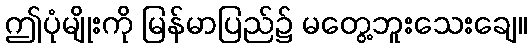
ဤပုံမျိုးကို မြန်မာပြည်၌ မတွေ့ဘူးသေးချေ။